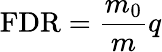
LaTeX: \mathrm{FDR}={\frac{m_{0}}{m}}q